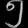
Digit: ၅